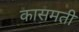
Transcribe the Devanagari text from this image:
कासमती